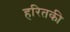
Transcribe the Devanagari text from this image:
हरितकी